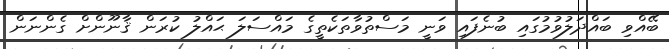
ބޭއްވި ބައްދަލުވުމުގައި ބުނެފައި ވަނީ މަސްތުވާތަކެތީގެ މައްސަލަ ޙައްލު ކުރަން ޤާނޫންށް ގެންނަން